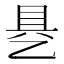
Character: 𰁄